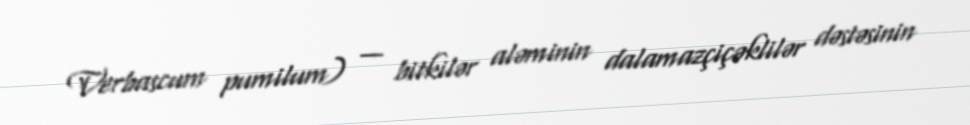
Verbascum pumilum) — bitkilər aləminin dalamazçiçəklilər dəstəsinin